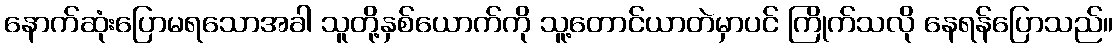
နောက်ဆုံးပြောမရသောအခါ သူတို့နှစ်ယောက်ကို သူ့တောင်ယာတဲမှာပင် ကြိုက်သလို နေရန်ပြောသည်။